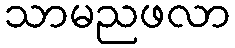
သာမညဖလာ